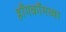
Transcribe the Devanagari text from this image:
हॉँगकॉँगच्या